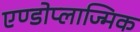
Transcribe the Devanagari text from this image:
एण्डोप्लाज्मिक